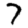
Digit: 7